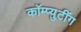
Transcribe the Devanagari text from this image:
कॉम्प्युटींग